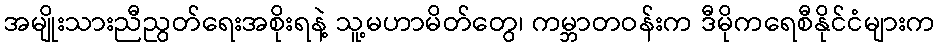
အမျိုးသားညီညွတ်ရေးအစိုးရနဲ့ သူ့မဟာမိတ်တွေ၊ ကမ္ဘာတဝန်းက ဒီမိုကရေစီနိုင်ငံများက